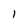
Character: l